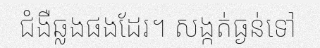
ជំងឺឆ្លងផងដែរ។ សង្កត់ធ្ងន់ទៅ